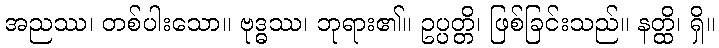
အညဿ၊ တစ်ပါးသော။ ဗုဒ္ဓဿ၊ ဘုရား၏။ ဥပ္ပတ္တိ၊ ဖြစ်ခြင်းသည်။ နတ္ထိ၊ ရှိ။